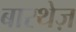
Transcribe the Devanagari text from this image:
बारथेज़